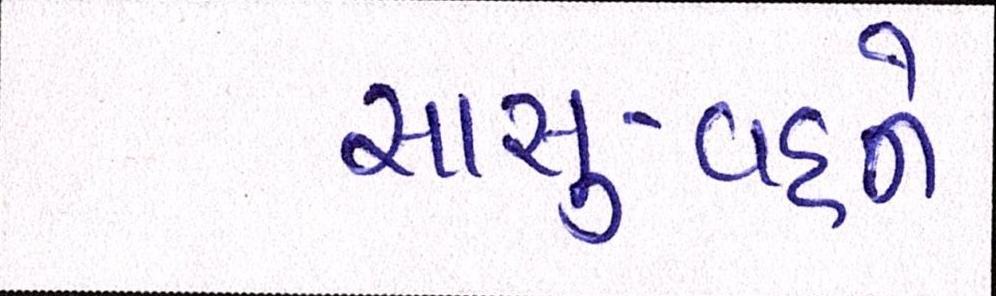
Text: સાસુ-વહુને